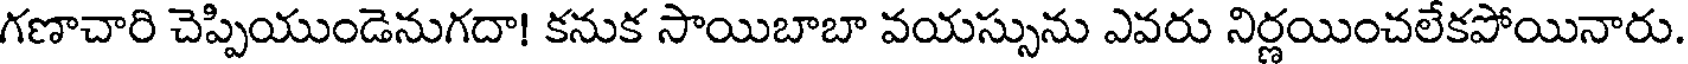
గణాచారి చెప్పియుండెనుగదా! కనుక సాయిబాబా వయస్సును ఎవరు నిర్ణయించలేకపోయినారు.